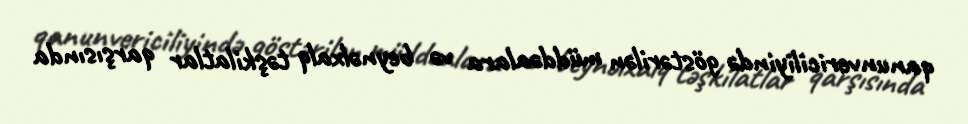
qanunvericiliyində göstərilən müddəalara və beynəlxalq təşkilatlar qarşısında